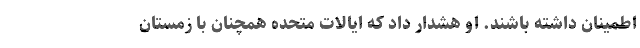
اطمینان داشته باشند. او هشدار داد که ایالات متحده همچنان با زمستان